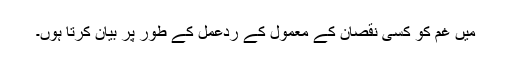
میں غم کو کسی نقصان کے معمول کے ردعمل کے طور پر بیان کرتا ہوں۔